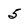
Character: 5